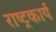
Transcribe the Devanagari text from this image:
राष्ट्रकार्य